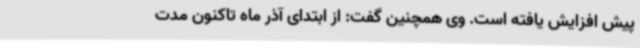
پیش افزایش یافته است. وی همچنین گفت: از ابتدای آذر ماه تاکنون مدت